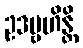
ဥဒဗ္ဗဟိန္တိ